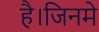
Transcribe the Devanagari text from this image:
है।जिनमे